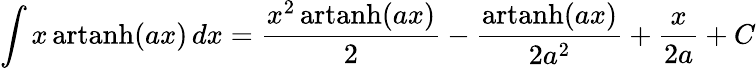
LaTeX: \int x\operatorname{artanh}(ax)\, dx={\frac{x^{2}\operatorname{artanh}(ax)}{2}}-{\frac{\operatorname{artanh}(ax)}{2a^{2}}}+{\frac{x}{2a}}+C